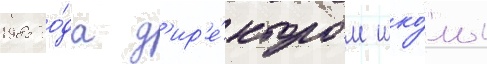
1985 го́да д'ир'е́ктором шко́лы